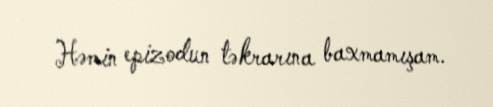
Həmin epizodun təkrarına baxmamışam.